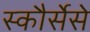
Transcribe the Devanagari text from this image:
स्कौर्सेसे